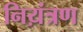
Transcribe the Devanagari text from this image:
निय़ंत्रण